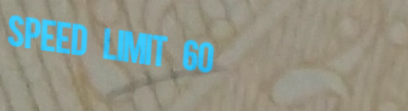
SPEED LIMIT 60